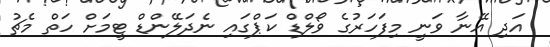
އަދި އޭނާ ވަނީ މިފަހަރުގެ ވޯލްޑް ކަޕްގައި ނެދަލޭންޑް ޓީމަށް ހަތް މެޗު